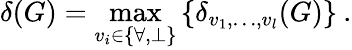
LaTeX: \delta(G)=\operatorname*{max}_{v_{i}\in\{ \forall,\perp\} }\left\{ \delta_{v_{1},\ldots,v_{l}}(G)\right\} \: .